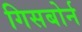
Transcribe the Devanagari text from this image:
गिसबोर्न